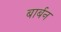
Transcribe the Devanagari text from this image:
बार्बन